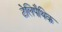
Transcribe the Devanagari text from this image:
टेलिपैथिक